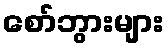
စော်ဘွားများ